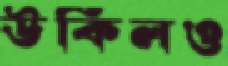
উকিলও